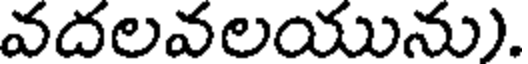
వదలవలయును).